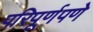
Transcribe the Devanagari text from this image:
परिपूर्णपणे